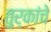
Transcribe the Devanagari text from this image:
तुर्कांचे